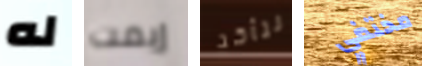
له إيمت نتأكد مختفي